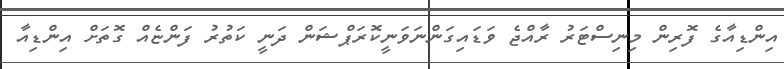
އިންޑިއާގެ ފޮރިން މިނިސްޓަރު ރާއްޖެ ވަޑައިގަންނަވަނީކޮރަޕްޝަން ދަނީ ކަތުރު ފަންޏެއް ގޮތަށް އިންޑިއާ